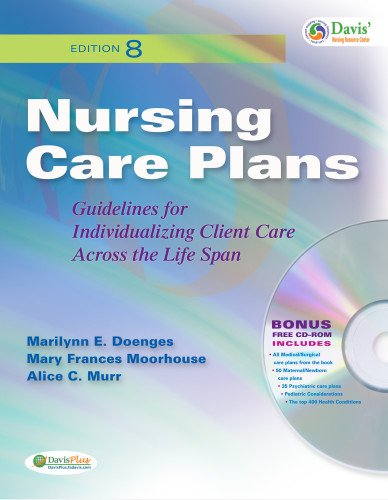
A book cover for Nursing Care Plans: Guidelines for Individualizing Client Care Across the Life Span (Nursing Care Plans (Doenges)); Marilynn E. Doenges APRN  BC-retired; Medical Books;